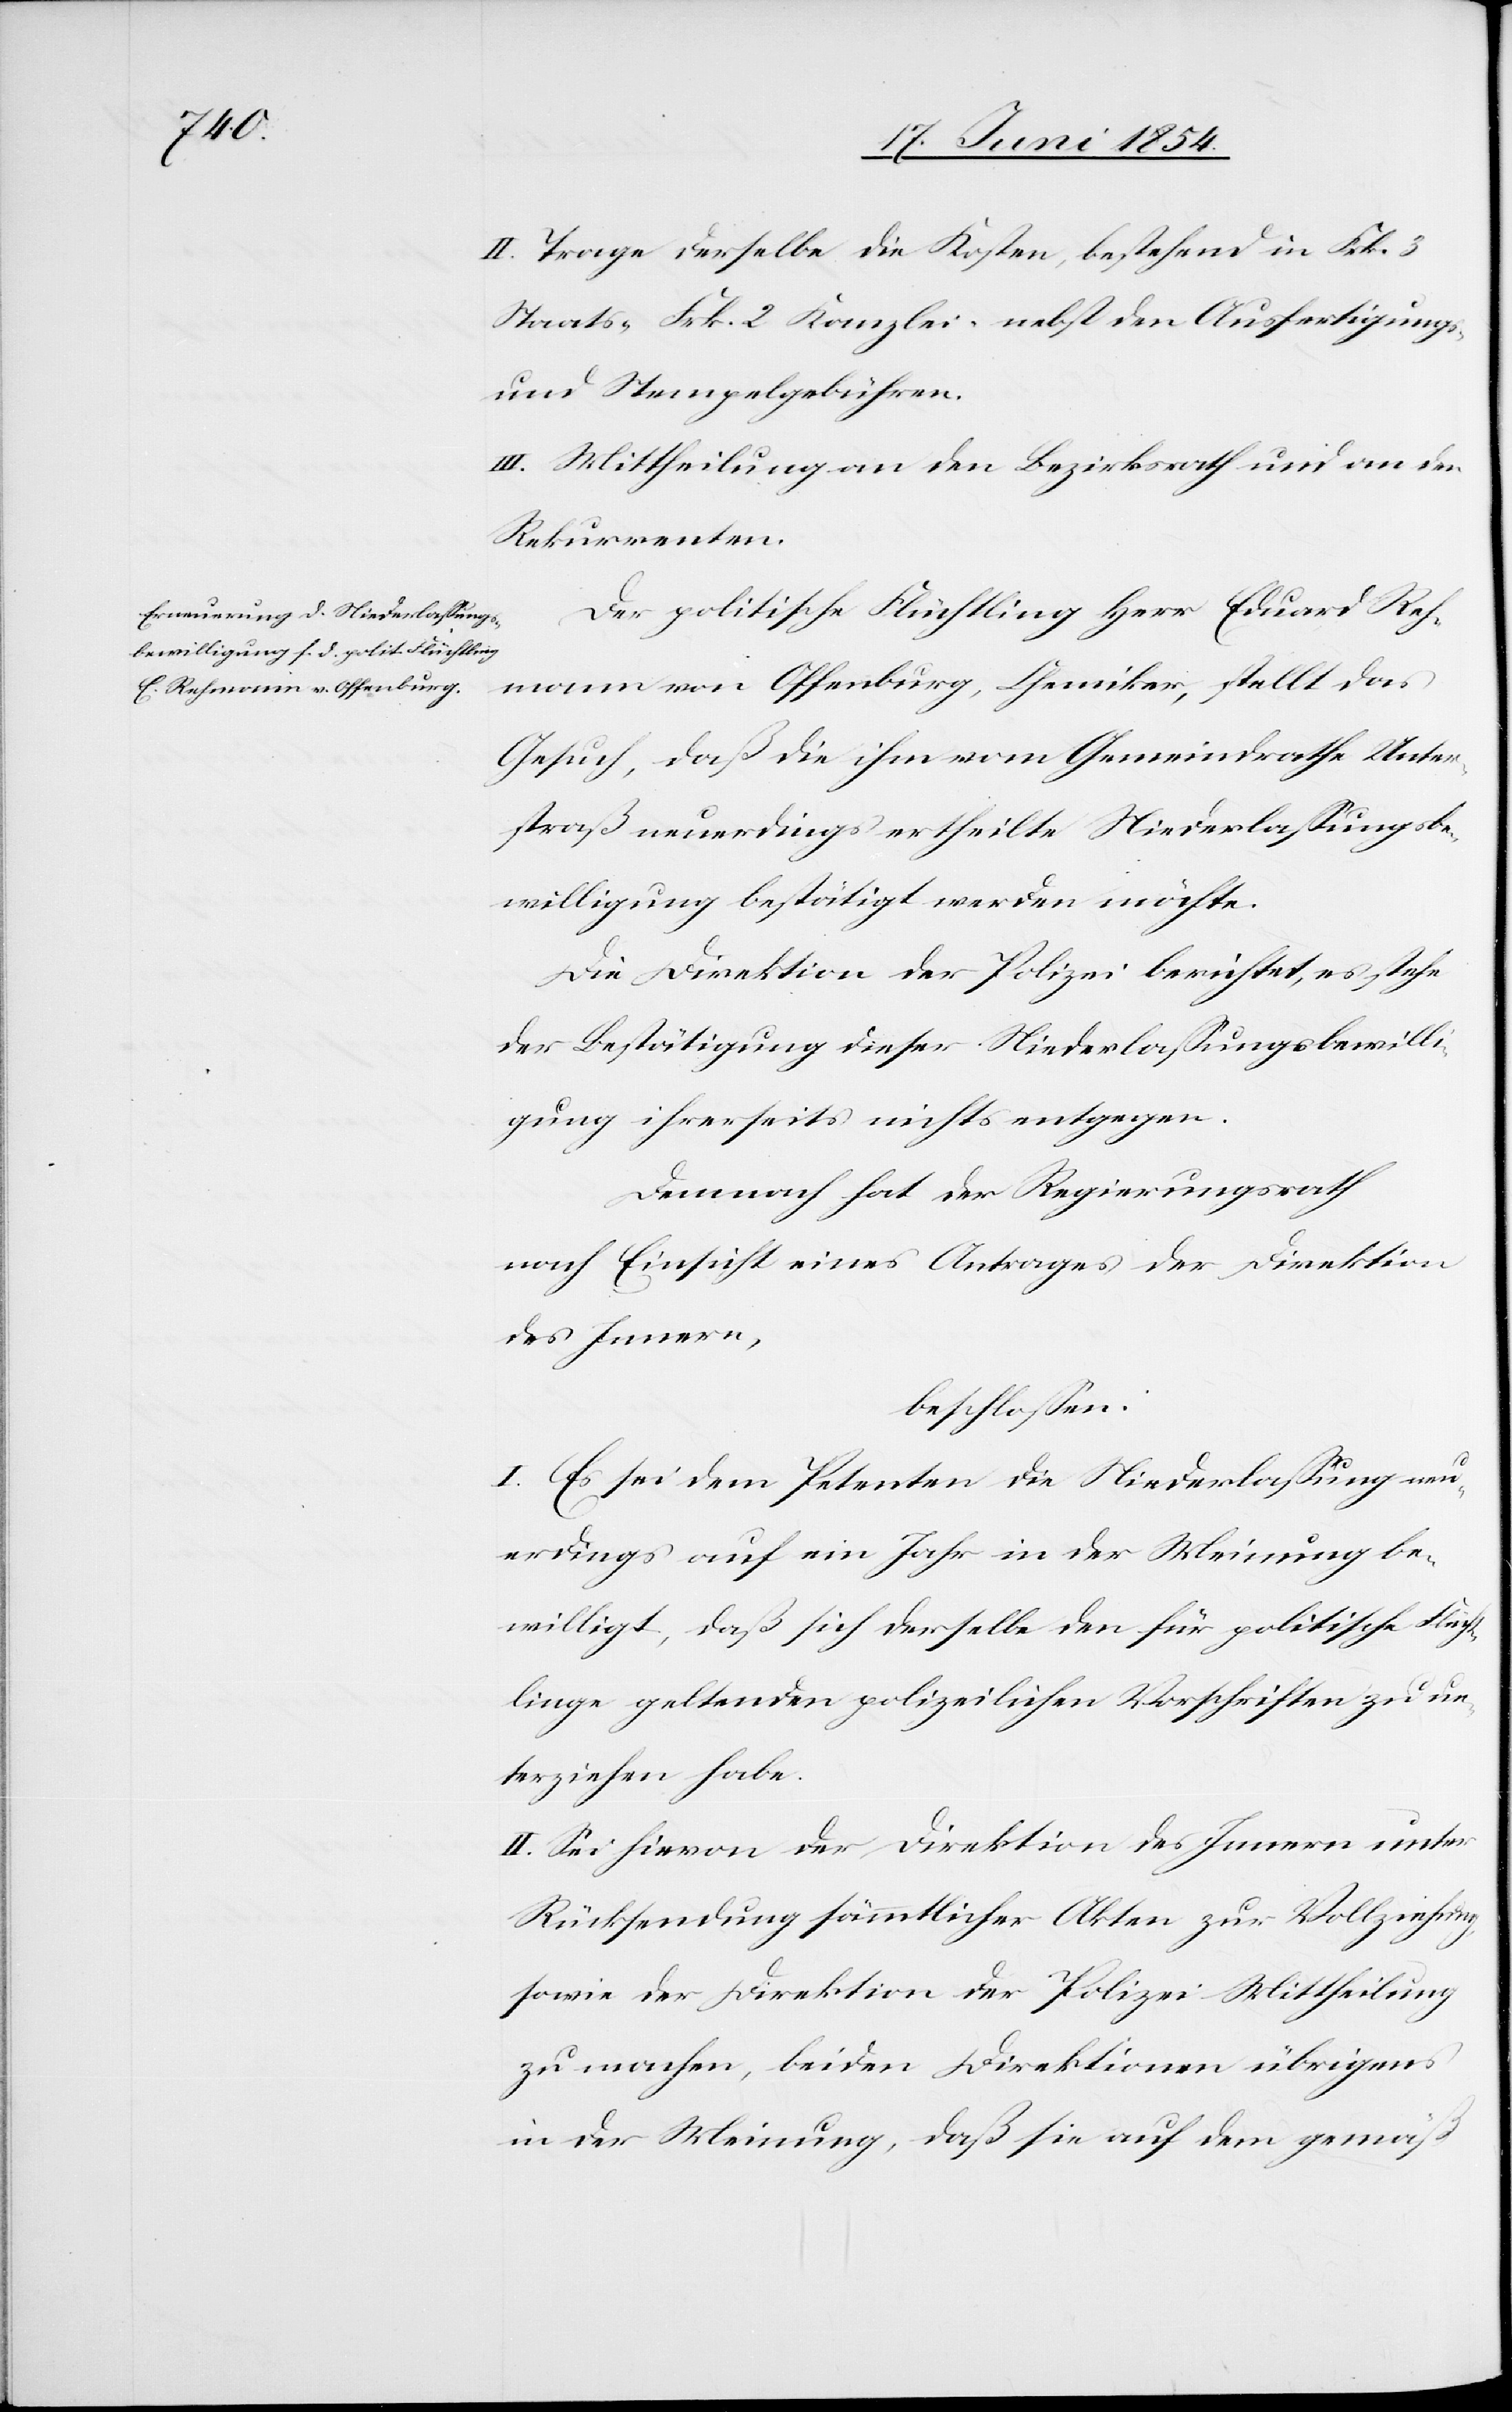
II. Trage derselbe die Kosten, bestehend in Frk. 3
Staats-[,] Frk. 2 Kanzlei-[,] nebst den Ausfertigungs-
und Stempelgebühren.
III. Mittheilung an den Bezirksrath und an den
Rekurrenten.
Der politische Flüchtling Herr Eduard Reh¬
mann von Offenburg, Chemiker, stellt das
Gesuch, daß die ihm vom Gemeindrathe Unter¬
straß neuerdings ertheilte Niederlaßungsbe¬
willigung bestätigt werden möchte.
Die Direktion der Polizei berichtet, es stehe
der Bestätigung dieser Niederlaßungsbewilli¬
gung ihrerseits nichts entgegen.
Demnach hat der Regierungsrath
nach Einsicht eines Antrages der Direktion
des Innern,
beschloßen:
I. Es sei dem Petenten die Niederlaßung neu¬
erdings auf ein Jahr in der Meinung be¬
willigt, daß sich derselbe den für politische Flücht¬
linge geltenden polizeilichen Vorschriften zu un¬
terziehen habe.
II. Sei hievon der Direktion des Innern unter
Rücksendung sämmtlicher Akten zur Vollziehung,
sowie der Direktion der Polizei Mittheilung
zu machen, beiden Direktionen übrigens
in der Meinung, daß sie auf dem gemäß